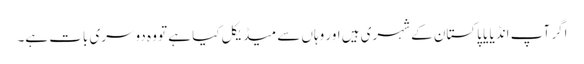
اگر آپ انڈیا یا پاکستان کے شہری ہیں اور وہاں سے میڈیکل کیا ہے تو وہ دوسری بات ہے۔